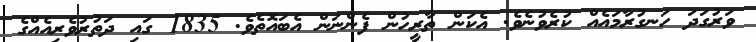
ވަަރުގަދަ ހަނގުރާމައެއް ކުރެވުނެވެ. އެކަން ތާރީހުން ފެންނަން އެބައޮތެވެ. 1835 ގައި ދަތުރުވެރިއެއްގެ